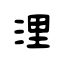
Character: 浬